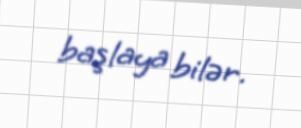
başlaya bilər.